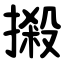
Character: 摋